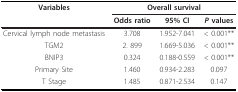
| Variables | <COLSPAN=3> Overall survival |
 |  | Odds ratio | 95% CI | P values |
 | --- | --- | --- | --- |
 | Cervical lymph node metastasis | 3.708 | 1.952-7.041 | < 0.001** |
 | TGM2 | 2. 899 | 1.669-5.036 | < 0.001** |
 | BNIP3 | 0.324 | 0.188-0.559 | < 0.001** |
 | Primary Site | 1.460 | 0.934-2.283 | 0.097 |
 | T Stage | 1.485 | 0.871-2.534 | 0.147 |